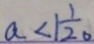
a < 1 \frac { 1 } { 2 0 }